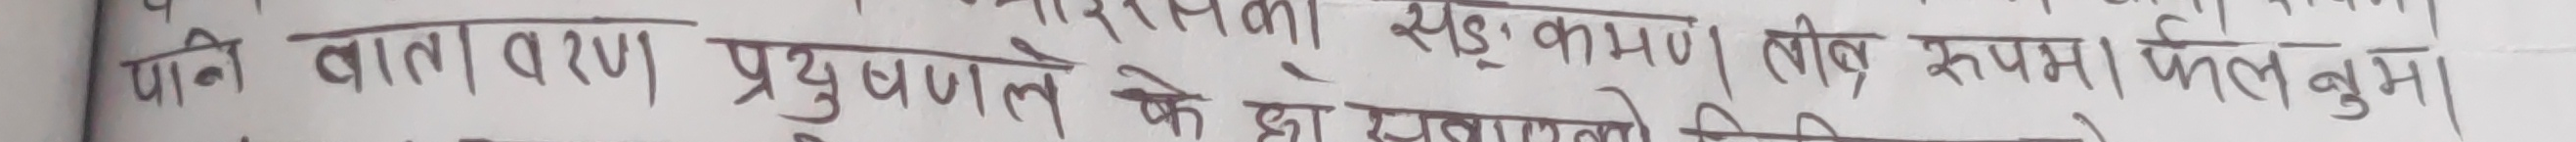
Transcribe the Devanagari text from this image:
पनि वातावरण प्रदुषणले के द्वारा सडकमन (पाइप) रूपमा पलुबुभ